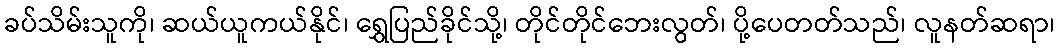
ခပ်သိမ်းသူကို၊ ဆယ်ယူကယ်နိုင်၊ ရွှေပြည်ခိုင်သို့၊ တိုင်တိုင်ဘေးလွတ်၊ ပို့ပေတတ်သည်၊ လူနတ်ဆရာ၊